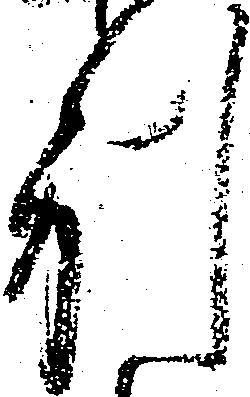
別